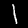
Digit: 1